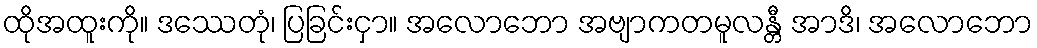
ထိုအထူးကို။ ဒဿေတုံ၊ ပြခြင်းငှာ။ အလောဘော အဗျာကတမူလန္တီ အာဒိ၊ အလောဘော